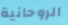
الروحانية